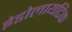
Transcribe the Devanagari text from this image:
इंडोलायटिक